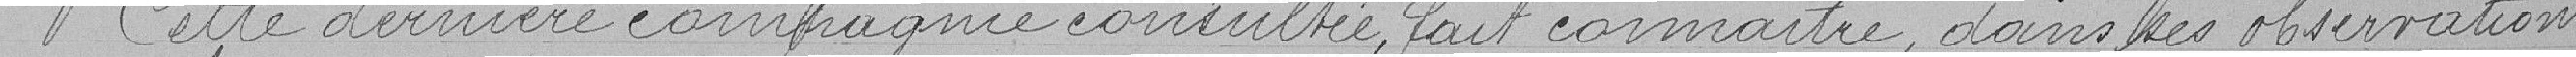
Cette dernière compagnie consultée, fait connaitre, dans ses observations